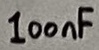
Text: 100nF